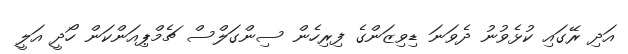
އަދި ރޭގައި ކުޅެވުނު ދެވަނަ ޑިވިޒަންގެ ފިރިހެން ސިންގަލްސް ޗެމްޕިއަންކަން ހޯދީ އަލީ